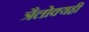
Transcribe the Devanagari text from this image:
त्रैलोक्यही